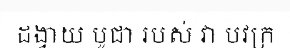
ដង្វាយ បូជា របស់ វា បវក្រ